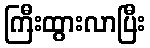
ကြီးထွားလာပြီး